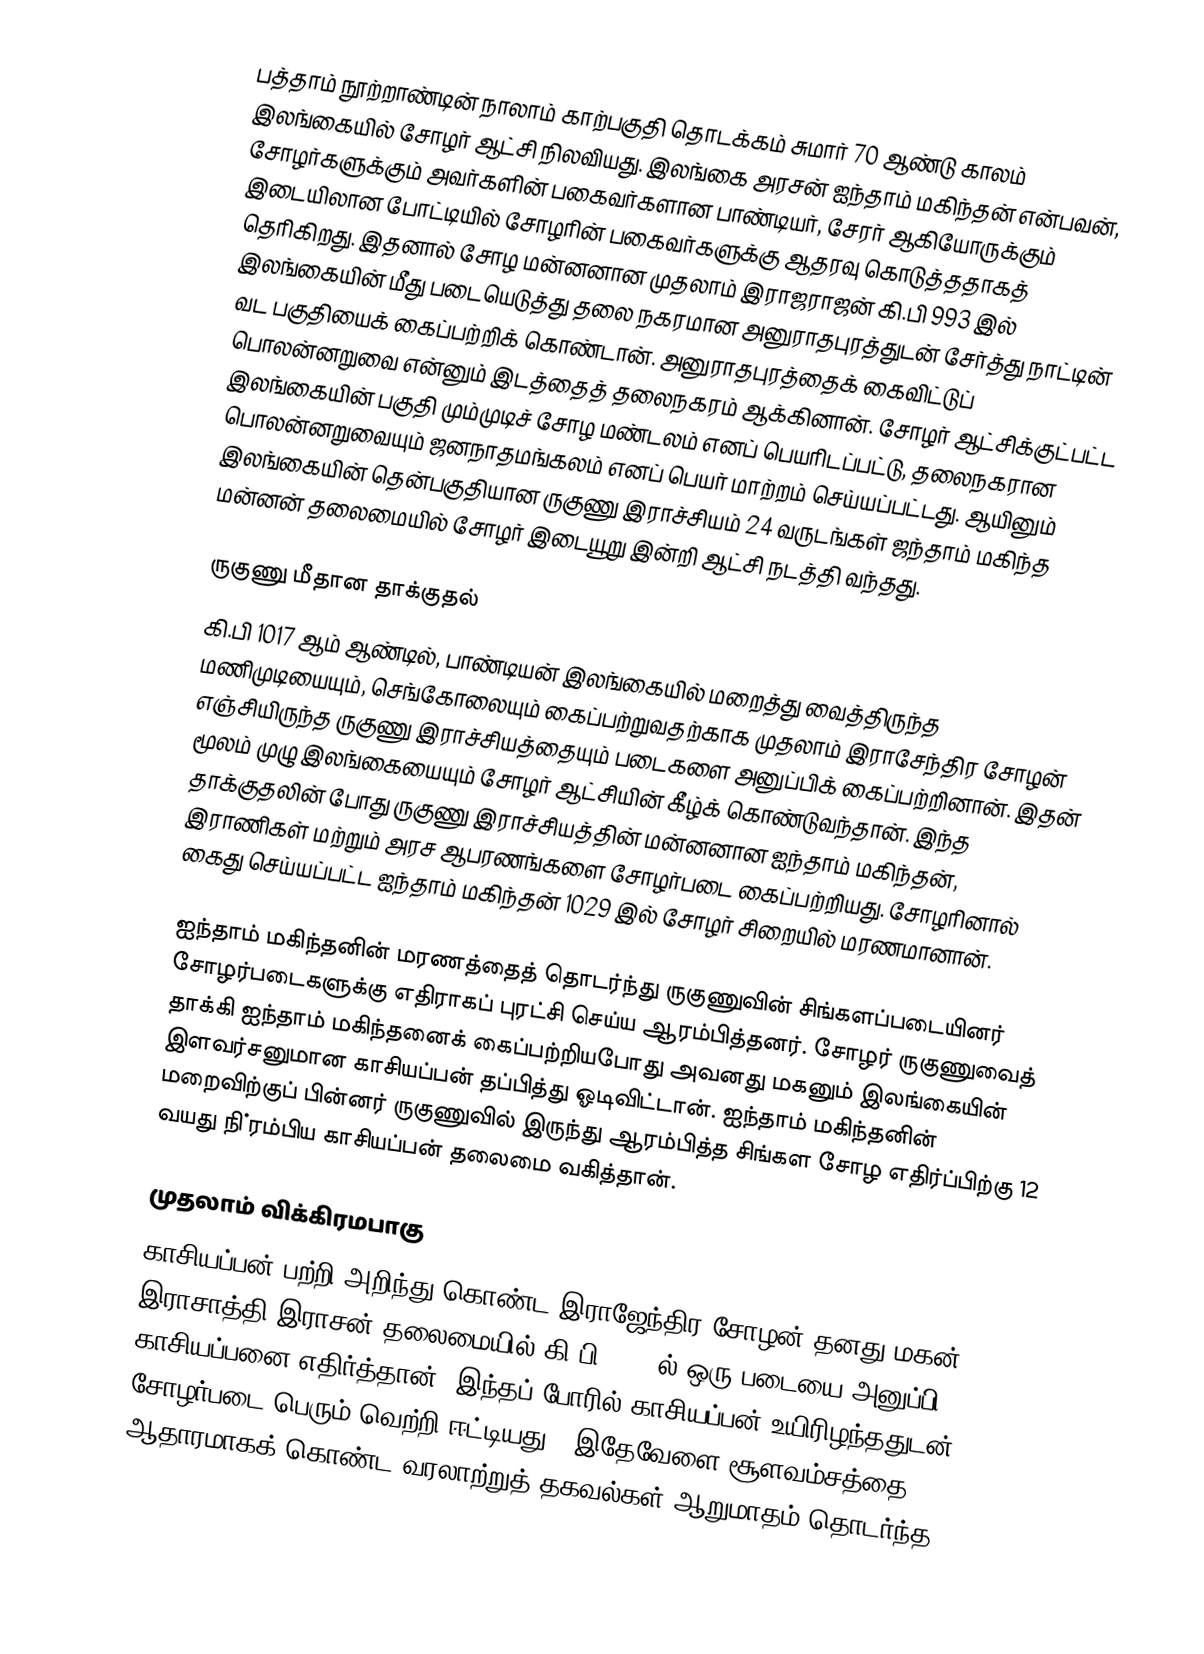
பத்தாம் நூற்றாண்டின் நாலாம் காற்பகுதி தொடக்கம் சுமார் 70 ஆண்டு காலம் இலங்கையில் சோழர் ஆட்சி நிலவியது. இலங்கை அரசன் ஐந்தாம் மகிந்தன் என்பவன், சோழர்களுக்கும் அவர்களின் பகைவர்களான பாண்டியர், சேரர் ஆகியோருக்கும் இடையிலான போட்டியில் சோழரின் பகைவர்களுக்கு ஆதரவு கொடுத்ததாகத் தெரிகிறது. இதனால் சோழ மன்னனான முதலாம் இராஜராஜன் கி.பி 993 இல் இலங்கையின் மீது படையெடுத்து தலை நகரமான அனுராதபுரத்துடன் சேர்த்து நாட்டின் வட பகுதியைக் கைப்பற்றிக் கொண்டான். அனுராதபுரத்தைக் கைவிட்டுப் பொலன்னறுவை என்னும் இடத்தைத் தலைநகரம் ஆக்கினான். சோழர் ஆட்சிக்குட்பட்ட இலங்கையின் பகுதி மும்முடிச் சோழ மண்டலம் எனப் பெயரிடப்பட்டு, தலைநகரான பொலன்னறுவையும் ஜனநாதமங்கலம் எனப் பெயர் மாற்றம் செய்யப்பட்டது. ஆயினும் இலங்கையின் தென்பகுதியான ருகுணு இராச்சியம் 24 வருடங்கள் ஜந்தாம் மகிந்த மன்னன் தலைமையில் சோழர் இடையூறு இன்றி ஆட்சி நடத்தி வந்தது.

ருகுணு மீதான தாக்குதல்
கி.பி 1017 ஆம் ஆண்டில், பாண்டியன் இலங்கையில் மறைத்து வைத்திருந்த மணிமுடியையும், செங்கோலையும் கைப்பற்றுவதற்காக முதலாம் இராசேந்திர சோழன் எஞ்சியிருந்த ருகுணு இராச்சியத்தையும் படைகளை அனுப்பிக் கைப்பற்றினான். இதன் மூலம் முழு இலங்கையையும் சோழர் ஆட்சியின் கீழ்க் கொண்டுவந்தான். இந்த தாக்குதலின் போது ருகுணு இராச்சியத்தின் மன்னனான ஐந்தாம் மகிந்தன், இராணிகள் மற்றும் அரச ஆபரணங்களை சோழர்படை கைப்பற்றியது. சோழரினால் கைது செய்யப்பட்ட ஐந்தாம் மகிந்தன் 1029 இல் சோழர் சிறையில் மரணமானான்.

ஐந்தாம் மகிந்தனின் மரணத்தைத் தொடர்ந்து ருகுணுவின் சிங்களப்படையினர் சோழர்படைகளுக்கு எதிராகப் புரட்சி செய்ய ஆரம்பித்தனர். சோழர் ருகுணுவைத் தாக்கி ஐந்தாம் மகிந்தனைக் கைப்பற்றியபோது அவனது மகனும் இலங்கையின் இளவர்சனுமான காசியப்பன் தப்பித்து ஓடிவிட்டான். ஐந்தாம் மகிந்தனின் மறைவிற்குப் பின்னர் ருகுணுவில் இருந்து ஆரம்பித்த சிங்கள சோழ எதிர்ப்பிற்கு 12 வயது நி்ரம்பிய காசியப்பன் தலைமை வகித்தான்.

முதலாம் விக்கிரமபாகு
காசியப்பன் பற்றி அறிந்து கொண்ட இராஜேந்திர சோழன் தனது மகன் இராசாத்தி இராசன் தலைமையில் கி.பி.1041-ல் ஒரு படையை அனுப்பி காசியப்பனை எதிர்த்தான். இந்தப் போரில் காசியப்பன் உயிரிழந்ததுடன் சோழர்படை பெரும் வெற்றி ஈட்டியது . இதேவேளை சூளவம்சத்தை ஆதாரமாகக் கொண்ட வரலாற்றுத் தகவல்கள் ஆறுமாதம் தொடர்ந்த